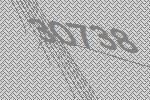
30738